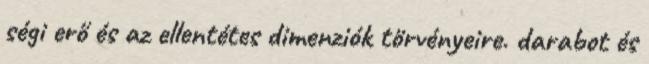
ségi erő és az ellentétes dimenziók törvényeire. darabot és